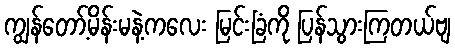
ကျွန်တော့်မိန်းမနဲ့ကလေး မြင်းခြံကို ပြန်သွားကြတယ်ဗျ